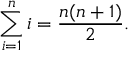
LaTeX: \sum _ { i = 1 } ^ { n } i = { \frac { n ( n + 1 ) } { 2 } } .